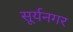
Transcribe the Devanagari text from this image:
सूर्यनगर